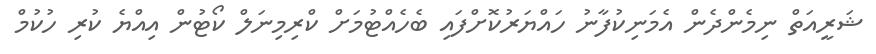
ޝަރީއަތް ނިމެންދެން އެމަނިކުފާނު ހައްޔަރުކޮށްފައި ބެހެއްޓުމަށް ކްރިމިނަލް ކޯޓުން އިއްޔެ ކުރި ހުކުމް